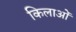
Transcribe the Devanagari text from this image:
किलाओं